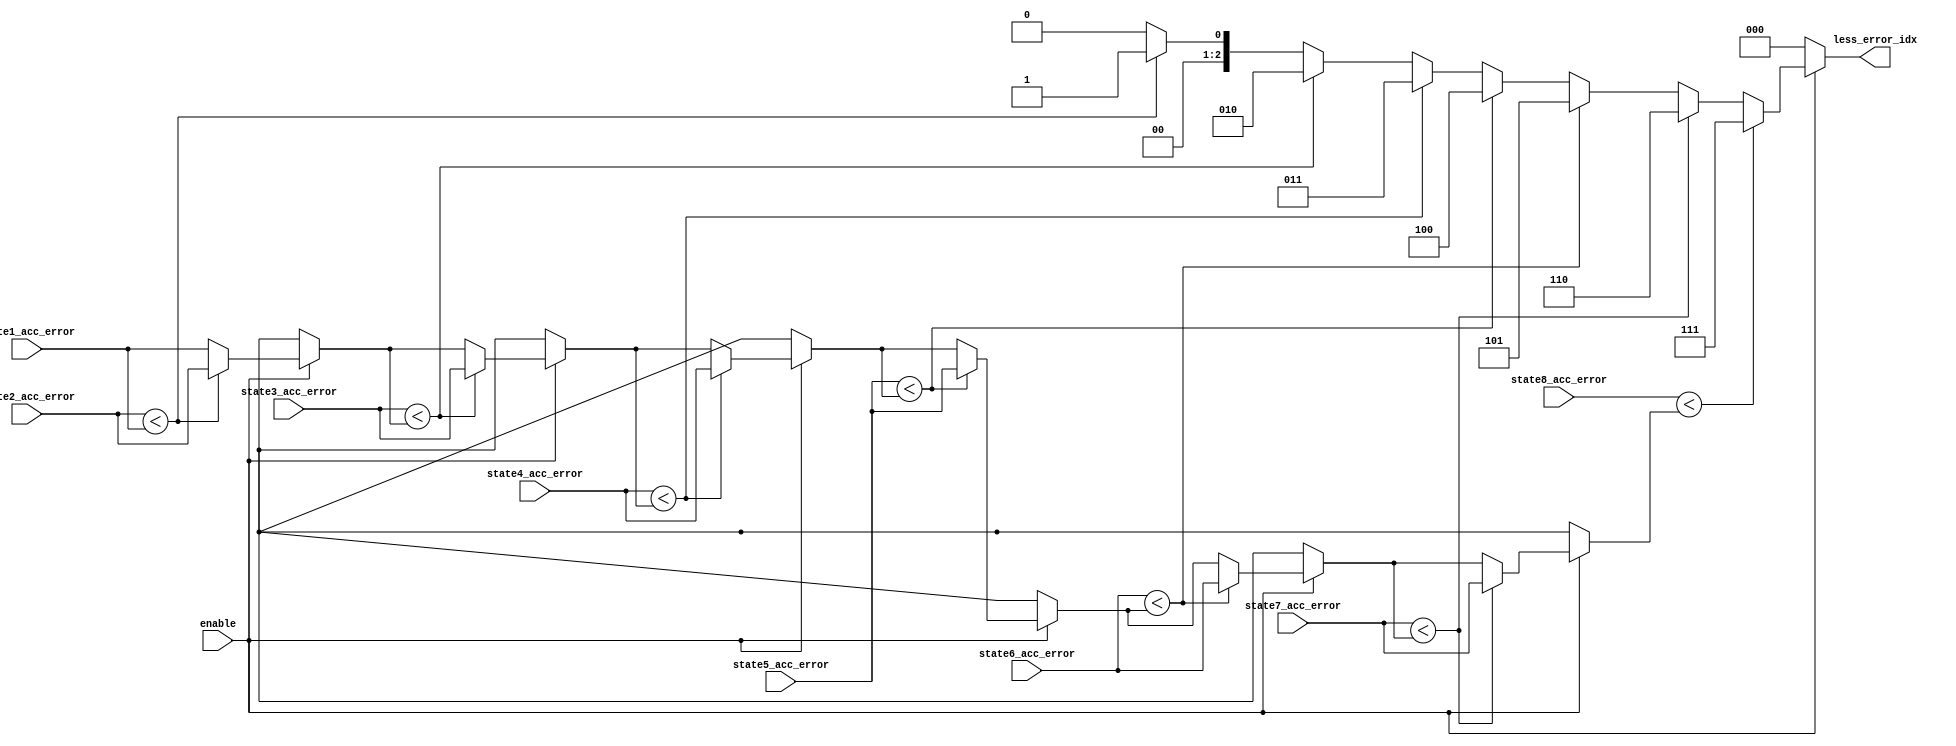
module min_8 (
  input [6:0] state1_acc_error,
  input [6:0] state2_acc_error,
  input [6:0] state3_acc_error,
  input [6:0] state4_acc_error,
  input [6:0] state5_acc_error,
  input [6:0] state6_acc_error,
  input [6:0] state7_acc_error,
  input [6:0] state8_acc_error,
  input enable,
  output reg [2:0] less_error_idx
);
reg [6:0] min_val;

always @* begin
  
  min_val = state1_acc_error;
  less_error_idx =0;
  if(enable) begin
    if (state2_acc_error < min_val) 
    begin
      min_val = state2_acc_error;
      less_error_idx = 1;
      end
    else
    begin
    min_val = min_val;
    less_error_idx = less_error_idx;
    end

    if (state3_acc_error < min_val) 
    begin
      min_val = state3_acc_error;
      less_error_idx = 2;
      end
    else
    begin
    min_val = min_val;
    less_error_idx = less_error_idx;
    end

    if (state4_acc_error < min_val) 
    begin
      min_val = state4_acc_error;
      less_error_idx = 3;
      end
    else
    begin
    min_val = min_val;
    less_error_idx = less_error_idx;
    end

    if (state5_acc_error < min_val) 
    begin
      min_val = state5_acc_error;
      less_error_idx = 4;
      end
    else
    begin
    min_val = min_val;
    less_error_idx = less_error_idx;
    end

    if (state6_acc_error < min_val) 
    begin
      min_val = state6_acc_error;
      less_error_idx = 5;
      end
    else
    begin
    min_val = min_val;
    less_error_idx = less_error_idx;
    end

    if (state7_acc_error < min_val) 
    begin
      min_val = state7_acc_error;
      less_error_idx = 6;
      end
    else
    begin
    min_val = min_val;
    less_error_idx = less_error_idx;
    end

    if (state8_acc_error < min_val) 
    begin
      min_val = state8_acc_error;
      less_error_idx = 7;
      end
    else
    begin
    min_val = min_val;
    less_error_idx = less_error_idx;
    end
  end
end

endmodule